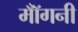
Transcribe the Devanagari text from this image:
मॉँगनी